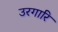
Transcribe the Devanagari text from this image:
उरगारि